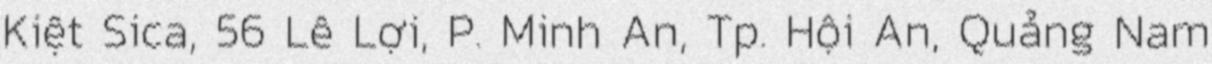
Kiệt Sica, 56 Lê Lợi, P. Minh An, Tp. Hội An, Quảng Nam